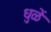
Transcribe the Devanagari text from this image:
धुळें